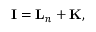
{ \mathbf { I } } = { \mathbf { L } } _ { n } + { \mathbf { K } } ,